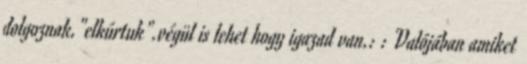
dolgoznak."elkúrtuk".végül is lehet hogy igazad van.: : Valójában amiket